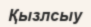
Қызлсыу